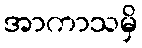
အာကာသမှိ